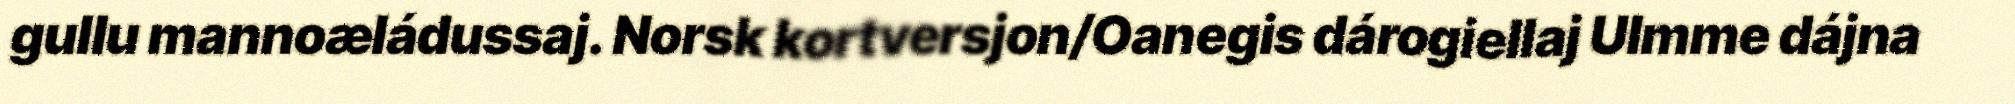
gullu mannoæládussaj. Norsk kortversjon/Oanegis dárogiellaj Ulmme dájna